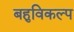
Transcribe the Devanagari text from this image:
बहुविकल्प